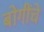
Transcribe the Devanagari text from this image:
बोगींचे